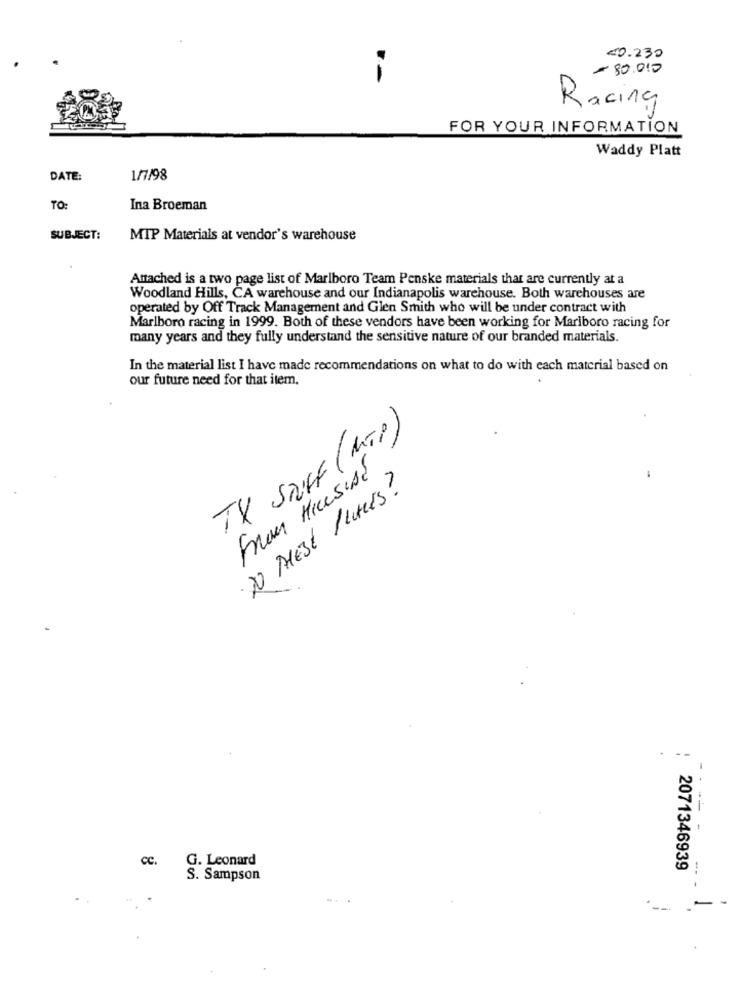
<0.230
- 80.000
Racing
FOR YOUR INFORMATION
Waddy Platt
DATE:
1/7/98
TO:
Ina Broeman
SUBJECT:
MTP Materials at vendor's warehouse
Attached is a two page list of Marlboro Team Penske materials that are currently at a
Woodland Hills, CA warehouse and our Indianapolis warehouse. Both warehouses are
operated by Off Track Management and Glen Smith who will be under contract with
Marlboro racing in 1999. Both of these vendors have been working for Marlboro racing for
many years and they fully understand the sensitive nature of our branded materials.
In the material list I have made recommendations on what to do with each material based on
our future need for that item.
TX Stuff (MTP)
From HILesiDE
.
20 MESE 1 KARES?
-
cc.
G. Leonard
2071346939
S. Sampson
-